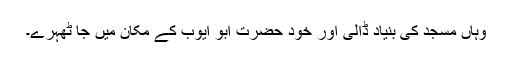
وہاں مسجد کی بنیاد ڈالی اور خود حضرت ابو ایوبؓ کے مکان میں جا ٹھہرے۔